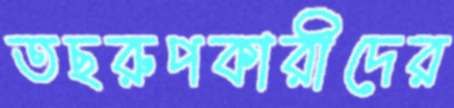
তছরুপকারীদের